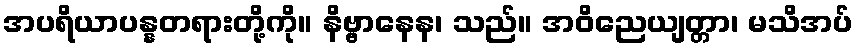
အပရိယာပန္နတရားတို့ကို။ နိဗ္ဗာနေန၊ သည်။ အဝိညေယျတ္တာ၊ မသိအပ်